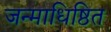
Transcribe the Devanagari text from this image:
जन्माधिष्ठित